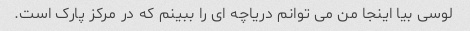
لوسی بیا اینجا من می توانم دریاچه ای را ببینم که در مرکز پارک است.